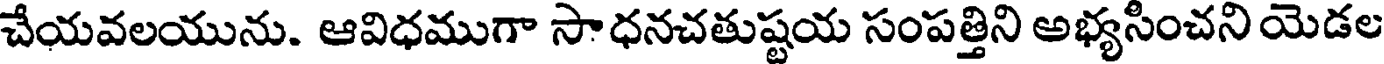
చేయవలయును. ఆవిధముగా సాధనచతుష్టయ సంపత్తిని అభ్యసించని యెడల